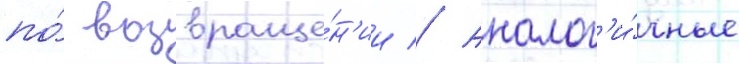
по́ возвраще́н'ии // Аналог'и́чные